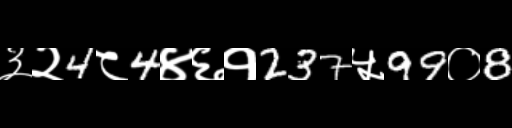
Text: ३२4८4४६१237५99०8